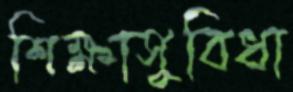
শিক্ষাসুবিধা